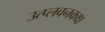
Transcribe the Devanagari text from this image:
उत्प्लवनकक्ष